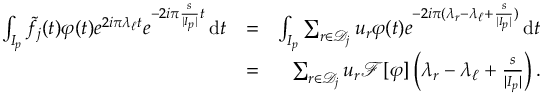
\begin{array} { r l r } { \int _ { I _ { p } } \tilde { f } _ { j } ( t ) \varphi ( t ) e ^ { 2 i \pi \lambda _ { \ell } t } e ^ { - 2 i \pi \frac { s } { | I _ { p } | } t } \, \mathrm { d } t } & { = } & { \int _ { I _ { p } } \sum _ { r \in { \mathcal D } _ { j } } u _ { r } \varphi ( t ) e ^ { - 2 i \pi ( \lambda _ { r } - \lambda _ { \ell } + \frac { s } { | I _ { p } | } ) } \, \mathrm { d } t } \\ & { = } & { \sum _ { r \in { \mathcal D } _ { j } } u _ { r } { \mathcal F } [ \varphi ] \left( \lambda _ { r } - \lambda _ { \ell } + \frac { s } { | I _ { p } | } \right) . } \end{array}